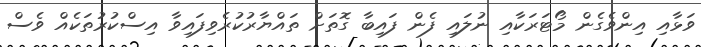
ވަޅާއި އިންވެގެން މޯޓަރަކާއި ނުލައި ފެން ފައިބާ ގޮތަށް ތައްޔާރުކުރެވިފައިވާ އިސްކުރުތަކެއް ވެސް